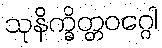
သုနိက္ခိတ္တဝဂ္ဂေါ